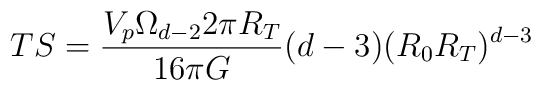
T S = \frac{V_p \Omega_{d-2} 2\pi R_T}{16\pi G} (d-3) (R_0 R_T)^{d-3}